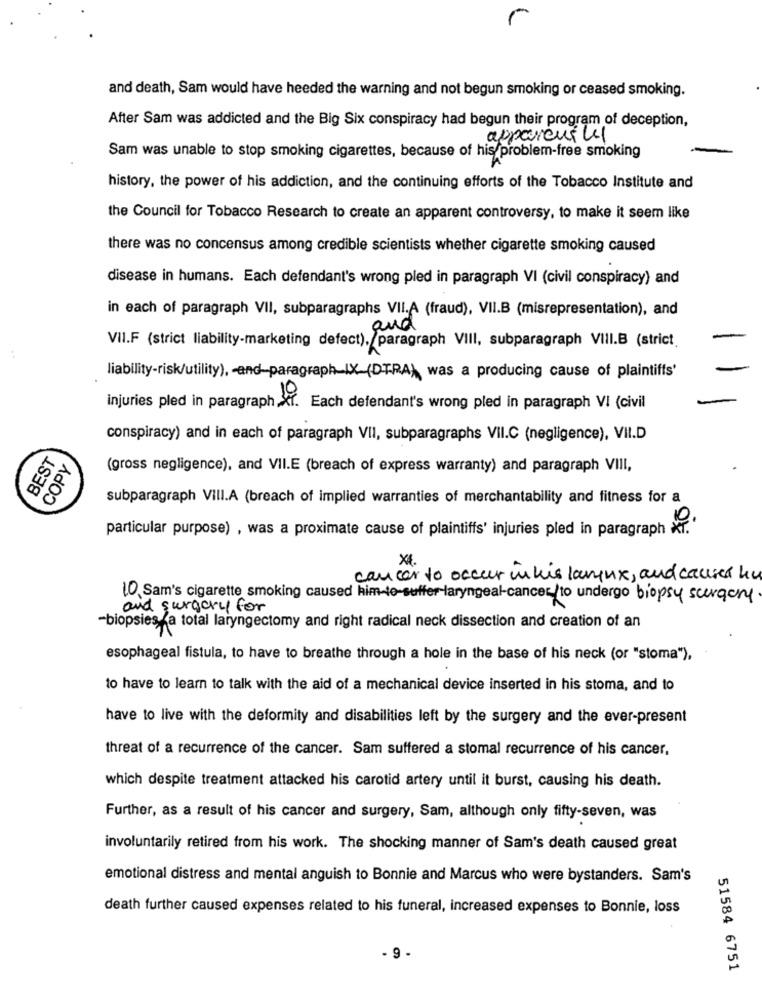
and death, Sam would have heeded the warning and not begun smoking or ceased smoking.
After Sam was addicted and the Big Six conspiracy had begun their program of deception,
apparently
Sam was unable to stop smoking cigarettes, because of his problem-free smoking
history, the power of his addiction, and the continuing efforts of the Tobacco Institute and
the Council for Tobacco Research to create an apparent controversy, to make it seem like
there was no concensus among credible scientists whether cigarette smoking caused
disease in humans. Each defendant's wrong pled in paragraph VI (civil conspiracy) and
in each of paragraph VII, subparagraphs VII.A (fraud), VII.B (misrepresentation), and
VII.F (strict liability-marketing defect), paragraph VIII, subparagraph VIII.B (strict
liability-risk/utility), - and-paragraph-IX (DTRA), was a producing cause of plaintiffs'
injuries pled in paragraph Xf. Each defendant's wrong pled in paragraph VI (civil
RT. Each
conspiracy) and in each of paragraph VII, subparagraphs VII.C (negligence), VII.D
BEST
COPY
(gross negligence), and VII.E (breach of express warranty) and paragraph VIII,
subparagraph VIII.A (breach of implied warranties of merchantability and fitness for a
particular purpose) , was a proximate cause of plaintiffs' injuries pled in paragraph Xi.'
cancer to occur inhis larynx, and causes hu
10 Sam's cigarette smoking caused him-to-suffer laryngeal-cancerto undergo biopsy surgery
and surgery for
-biopsies a total laryngectomy and right radical neck dissection and creation of an
esophageal fistula, to have to breathe through a hole in the base of his neck (or "stoma"),
to have to learn to talk with the aid of a mechanical device inserted in his stoma, and to
have to live with the deformity and disabilities left by the surgery and the ever-present
threat of a recurrence of the cancer. Sam suffered a stomal recurrence of his cancer,
which despite treatment attacked his carotid artery until it burst, causing his death.
Further, as a result of his cancer and surgery, Sam, although only fifty-seven, was
involuntarily retired from his work. The shocking manner of Sam's death caused great
emotional distress and mental anguish to Bonnie and Marcus who were bystanders. Sam's
death further caused expenses related to his funeral, increased expenses to Bonnie, loss
- 9 -
51584 6751